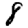
Digit: 8